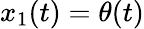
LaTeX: x_{1}(t)=\theta(t)